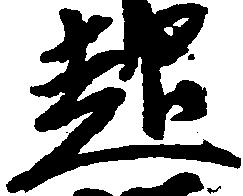
起